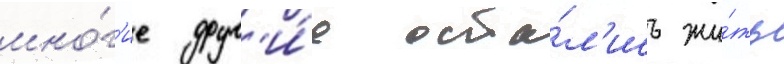
мно́г'ие друг'и́е оста́л'ись жи́ть